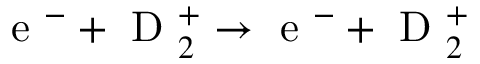
\mathrm { ~ e ~ } ^ { - } + \mathrm { ~ D ~ } _ { 2 } ^ { + } \rightarrow \mathrm { ~ e ~ } ^ { - } + \mathrm { ~ D ~ } _ { 2 } ^ { + }